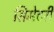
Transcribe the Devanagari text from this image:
सिमेटरी